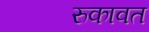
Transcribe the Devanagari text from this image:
रुकावत